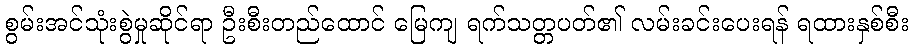
စွမ်းအင်သုံးစွဲမှုဆိုင်ရာ ဦးစီးတည်ထောင် မြေကျ ရက်သတ္တပတ်၏ လမ်းခင်းပေးရန် ရထားနှစ်စီး